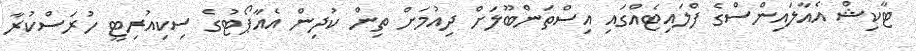
ޓާކިޝް އެއާލައިންސްގެ ފްލައިޓެއްގައި އިސްތަންބޫލަށް ދިއުމަށް ތިން ކުދިން އެއާޕޯޓުގެ ސިކިއުރިޓީ ހުރަސްކުރާ